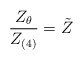
\begin{align*}\frac{Z_\theta}{Z_{(4)}} = \tilde{Z}\end{align*}